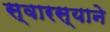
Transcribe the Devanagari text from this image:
स्वारस्याने